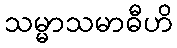
သမ္မာသမာဓီဟိ